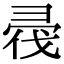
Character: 𢑟